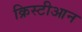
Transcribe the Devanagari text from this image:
क्रिस्टीआन